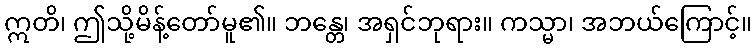
ဣတိ၊ ဤသို့မိန့်တော်မူ၏။ ဘန္တေ၊ အရှင်ဘုရား။ ကသ္မာ၊ အဘယ်ကြောင့်။